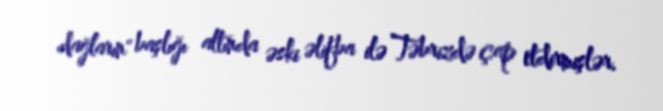
dağların" başlığı altında əski əlifba ilə Təbrizdə çap etdirmişlər.